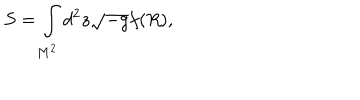
S = \int _ { M ^ { 2 } } ^ { } d ^ { 2 } z \sqrt { - g } f ( R ) ,